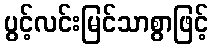
ပွင့်လင်းမြင်သာစွာဖြင့်